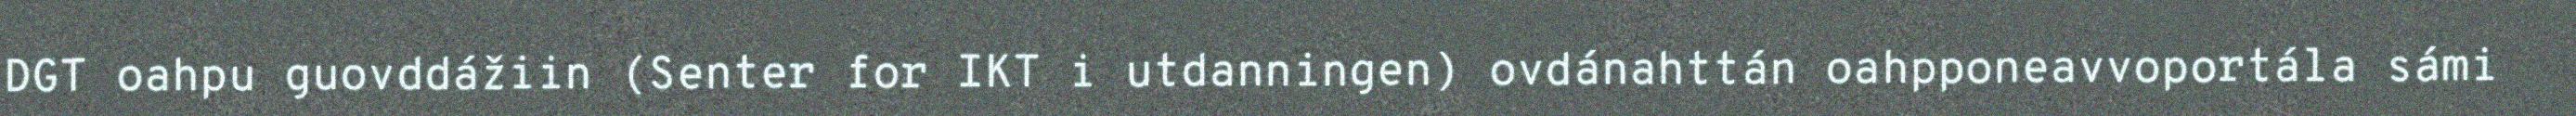
DGT oahpu guovddážiin (Senter for IKT i utdanningen) ovdánahttán oahpponeavvoportála sámi